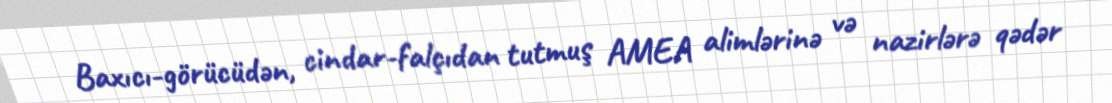
Baxıcı-görücüdən, cindar-falçıdan tutmuş AMEA alimlərinə və nazirlərə qədər